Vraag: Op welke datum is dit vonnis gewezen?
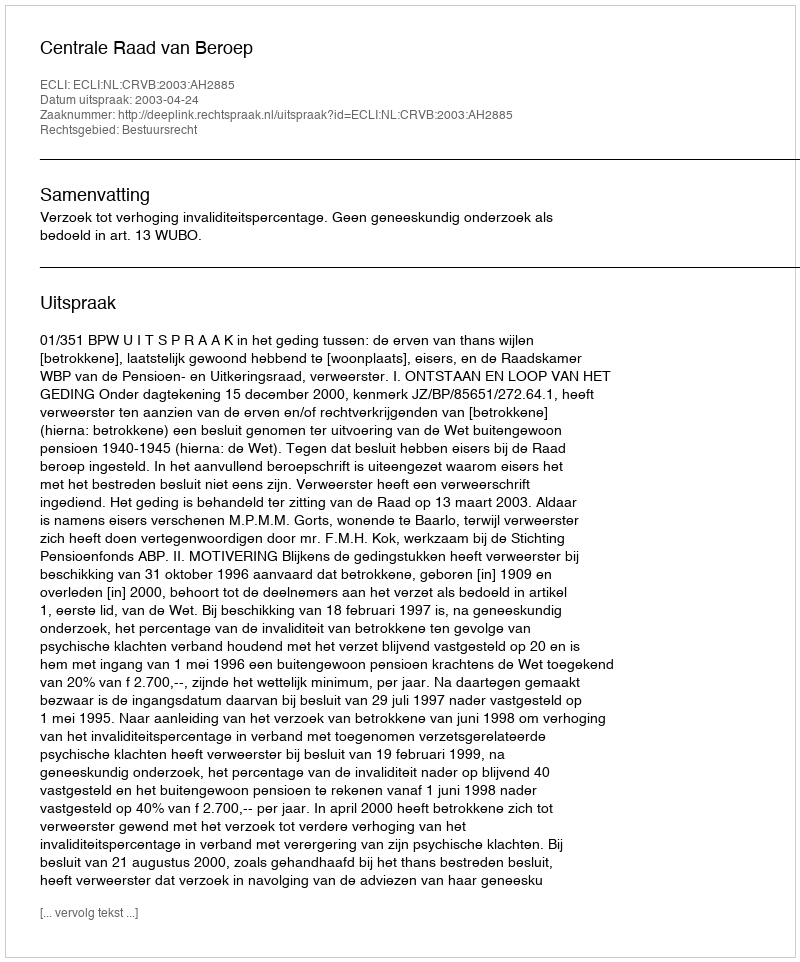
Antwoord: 2003-04-24